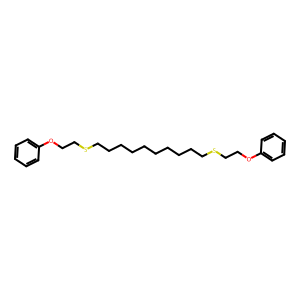
SMILES: c1ccc(OCCSCCCCCCCCCCSCCOc2ccccc2)cc1
Inhibits HIV replication: No